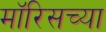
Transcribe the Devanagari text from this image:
मॉरिसच्या